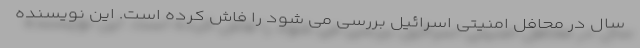
سال در محافل امنیتی اسرائیل بررسی می‌ شود را فاش کرده است. این نویسنده